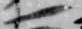
一